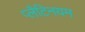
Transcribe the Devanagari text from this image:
प्लैटिनयम